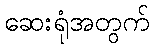
ဆေးရုံအတွက်